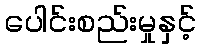
ပေါင်းစည်းမှုနှင့်